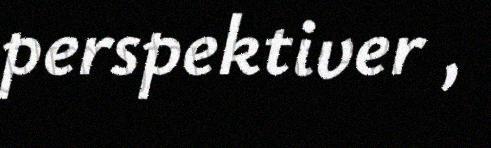
perspektiver ,